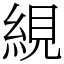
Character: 絸